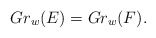
\begin{align*}Gr_w(E) = Gr_w(F).\end{align*}